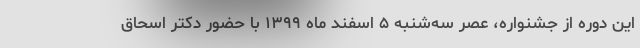
این دوره از جشنواره، عصر سه‌شنبه ۵ اسفند ماه ۱۳۹۹ با حضور دکتر اسحاق